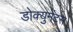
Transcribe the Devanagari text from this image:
डोक्युमेंट्स